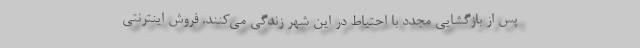
پس از بازگشایی مجدد با احتیاط در این شهر زندگی می‌کنند. فروش اینترنتی